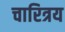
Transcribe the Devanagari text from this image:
चारित्रय